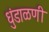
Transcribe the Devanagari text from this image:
धुंडाळणी